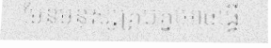
មែនមនុស្សគ្រប់គ្នាអាចធ្វើ